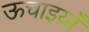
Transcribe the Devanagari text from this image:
ऊचाइयाँ